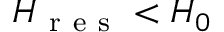
H _ { \mathrm { ~ r ~ e ~ s ~ } } < H _ { 0 }